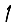
Digit: 1